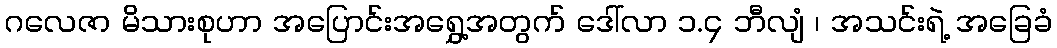
ဂလေဇာ မိသားစုဟာ အပြောင်းအရွှေ့အတွက် ဒေါ်လာ ၁.၄ ဘီလျံ ၊ အသင်းရဲ့ အခြေခံ